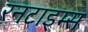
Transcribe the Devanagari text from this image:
रनटाइम्स